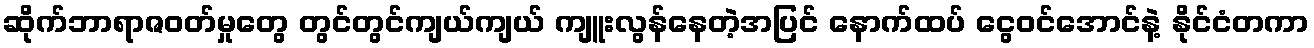
ဆိုက်ဘာရာဇဝတ်မှုတွေ တွင်တွင်ကျယ်ကျယ် ကျူးလွန်နေတဲ့အပြင် နောက်ထပ် ငွေဝင်အောင်နဲ့ နိုင်ငံတကာ